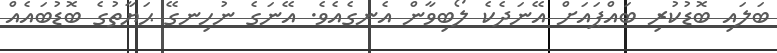
ބަލައި ބޮޑުކުރި ބައްޕައަށް އޭނަދެކެ ލޯބިވާން އެނގެއެވެ. އޭނަގެ ނުހިނގޭ ޙަޔާތުގެ ބޮޑުބައެއް